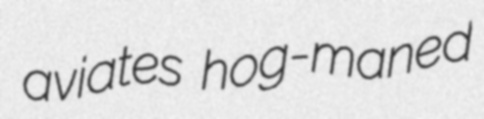
aviates hog-maned